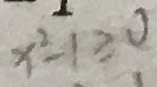
x ^ { 2 } - 1 \geq 0